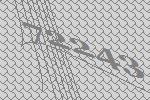
72243